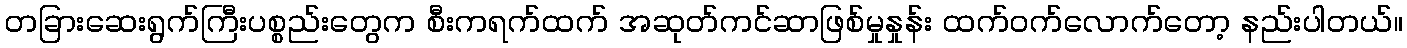
တခြားဆေးရွက်ကြီးပစ္စည်းတွေက စီးကရက်ထက် အဆုတ်ကင်ဆာဖြစ်မှုနှုန်း ထက်ဝက်လောက်တော့ နည်းပါတယ်။